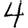
Digit: 4